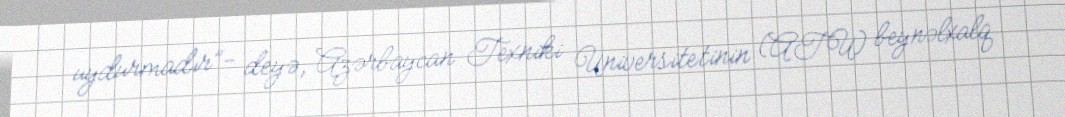
uydurmadır”- deyə, Azərbaycan Texniki Universitetinin (ATU) beynəlxalq